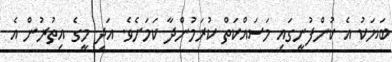
ބަޔަކު އެ ކުންފުނީގައި މަސައްކަތް ކުރަމުންދާ ކަމަށެވެ. އަދި މީގެ އިތުރުން އެ